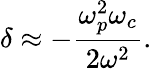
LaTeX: \delta\approx-\frac{\omega_{p}^{2}\omega_{c}}{2\omega^{2}}.